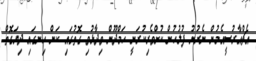
އެޗްއާރުސީއެމުން ނެރުނު ފުލުހުން ކުށްވެރިކުރަނީ ހަމްދޫން ވިދާޅުވި ގޮތުގައި ކަން ހިނގައި ދިޔަގޮތް